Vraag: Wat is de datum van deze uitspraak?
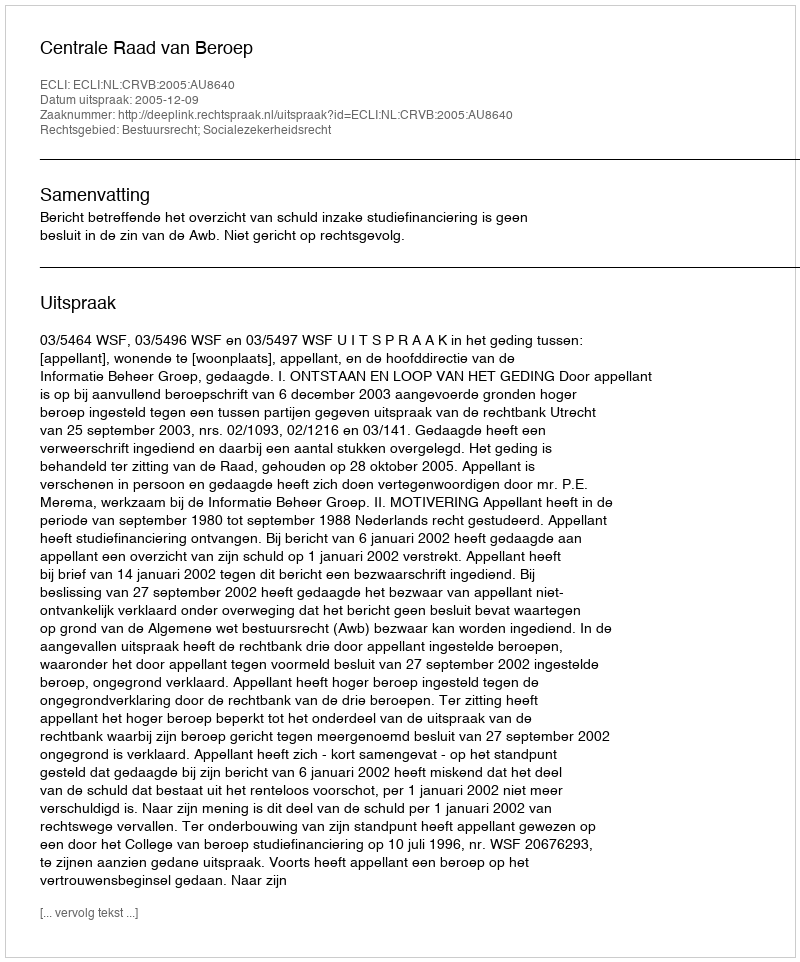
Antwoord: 2005-12-09